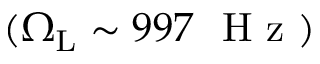
( \Omega _ { \mathrm { L } } \sim 9 9 7 ~ \mathrm { ~ H ~ z ~ } )